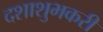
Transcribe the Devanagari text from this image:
दशाशुभकरी